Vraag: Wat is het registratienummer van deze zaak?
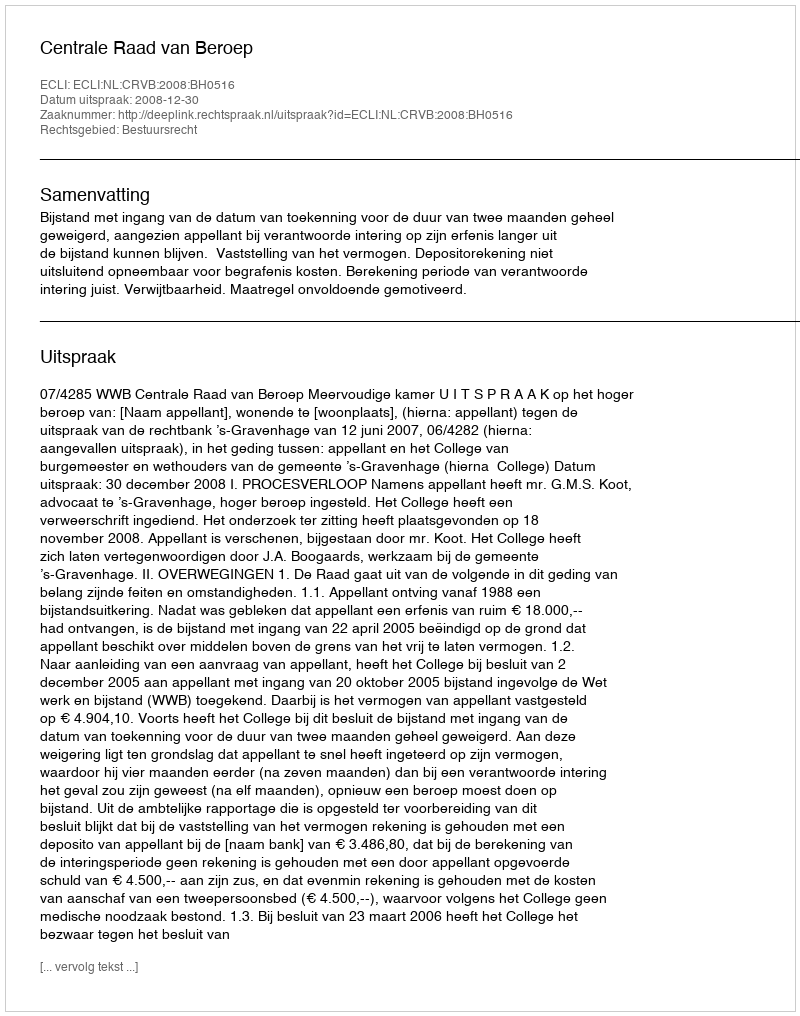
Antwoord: http://deeplink.rechtspraak.nl/uitspraak?id=ECLI:NL:CRVB:2008:BH0516